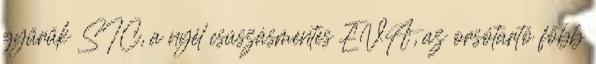
gyűrűk SIC, a nyél csúszásmentes EVA, az orsótartó főbb